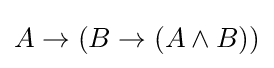
A\to (B\to (A\land B))